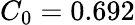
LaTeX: C_{0}=0.692